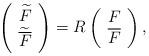
LaTeX: \begin{align*}\left(\begin{array}{cc}\widetilde F \\ {\widetilde {\overline F}}\end{array}\right) = R\left(\begin{array}{cc}F\\{\overline F}\end{array}\right),\end{align*}